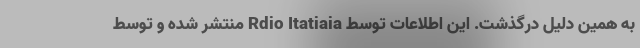
به همین دلیل درگذشت. این اطلاعات توسط Rdio Itatiaia منتشر شده و توسط